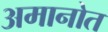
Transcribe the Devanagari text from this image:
अमानोत